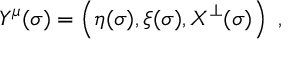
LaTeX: Y ^ { \mu } ( \sigma ) = \left( \eta ( \sigma ) , \xi ( \sigma ) , X ^ { \bot } ( \sigma ) \right) \ ,